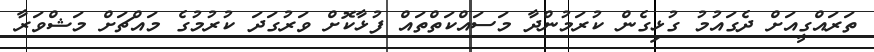
ތަރައްގީއަށް ދެގައުމު ގުޅިގެން ކުރަމުންދާ މަސައްކަތްތައް ފުޅާކޮށް ވަރުގަދަ ކުރުމުގެ މައްޗަށް މަޝްވަރާ